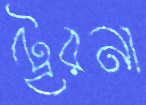
ট্রেরনা